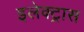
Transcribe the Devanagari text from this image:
इलेक्‍ट्रास